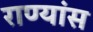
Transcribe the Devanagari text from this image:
राण्यांस